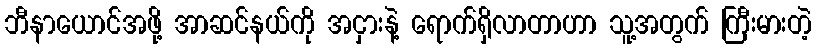
ဘီနာယောင်အဖို့ အာဆင်နယ်ကို အငှားနဲ့ ရောက်ရှိလာတာဟာ သူ့အတွက် ကြီးမားတဲ့